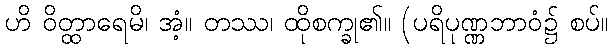
ဟိ ဝိတ္ထာရေမိ၊ အံ့။ တဿ၊ ထိုစက္ခု၏။ (ပရိပုဏ္ဏဘာဝံ၌ စပ်။